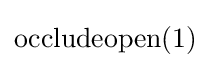
\mathrm {occludeopen} (1)